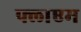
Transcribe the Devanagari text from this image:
फ्लाएम